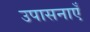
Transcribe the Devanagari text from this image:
उपासनाएँ